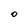
Character: 0